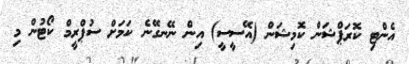
އެންޓި ކޮރަޕްޝަން ކޮމިޝަން (އޭސީސީ) އިން ނޭނގޭނެ ކަމަށް ސުޕްރީމް ކޯޓުން މި